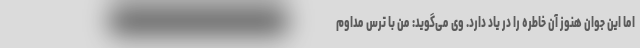
اما این جوان هنوز آن خاطره را در یاد دارد. وی می‌گوید: من با ترس مداوم